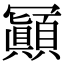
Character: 𠖩